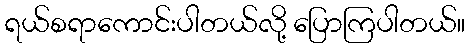
ရယ်စရာကောင်းပါတယ်လို့ ပြောကြပါတယ်။